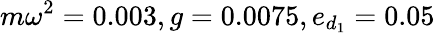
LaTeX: m\omega^{2}=0.003,g=0.0075,e_{d_{1}}=0.05